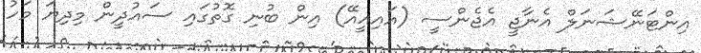
އިންޓަނޭޝަނަލް އެނާޖީ އެޖެންސީ (އައިއީއޭ) އިން ބުނި ގޮތުގައި ސައުދީން މިދިޔަ މަހު